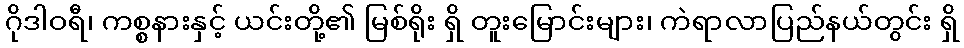
ဂိုဒါဝရီ၊ ကစ္စနားနှင့် ယင်းတို့၏ မြစ်ရိုး ရှိ တူးမြောင်းများ၊ ကဲရာလာပြည်နယ်တွင်း ရှိ